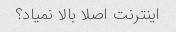
اینترنت اصلا بالا نمیاد؟